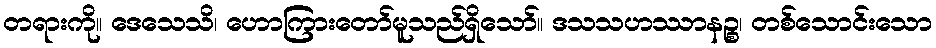
တရားကို။ ဒေသေသိ၊ ဟောကြားတော်မူသည်ရှိသော်။ ဒသသဟဿာနဉ္စ၊ တစ်သောင်းသော